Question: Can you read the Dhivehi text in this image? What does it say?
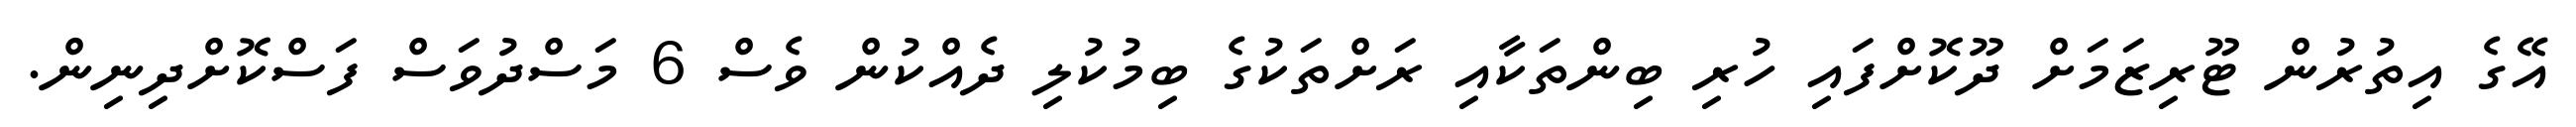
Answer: އޭގެ އިތުރުން ޓޫރިޒަމަށް ދޫކޮށްފައި ހުރި ބިންތަކާއި ރަށްތަކުގެ ބިމުކުލި ދެއްކުން ވެސް 6 މަސްދުވަސް ފަސްކޮށްދިނިން.